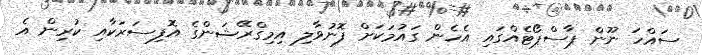
ސައްހަ ނޫން ޕާސްޕޯޓެއްގައި އެހެން ގައުމަކަށް ފޮނުވާލި އިމިގްރޭޝަންގެ އޮފިސަރަކާއި ކުރިން އެ